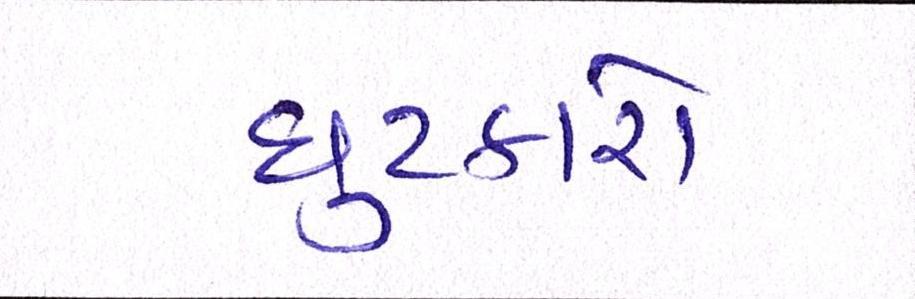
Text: છુટકારો